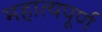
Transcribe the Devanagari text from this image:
महात्यपूर्ण